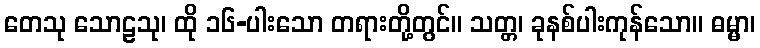
တေသု သောဠသု၊ ထို ၁၆-ပါးသော တရားတို့တွင်။ သတ္တ၊ ခုနစ်ပါးကုန်သော။ ဓမ္မာ၊